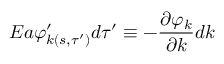
E a \varphi _ { k ( s , \tau ^ { \prime } ) } ^ { \prime } d \tau ^ { \prime } \equiv - \frac { \partial \varphi _ { k } } { \partial k } d k